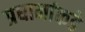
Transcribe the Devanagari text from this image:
प्रधानांकडे